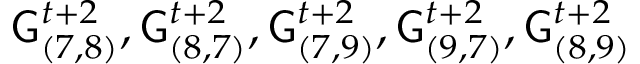
\mathsf { G } _ { ( 7 , 8 ) } ^ { t + 2 } , \mathsf { G } _ { ( 8 , 7 ) } ^ { t + 2 } , \mathsf { G } _ { ( 7 , 9 ) } ^ { t + 2 } , \mathsf { G } _ { ( 9 , 7 ) } ^ { t + 2 } , \mathsf { G } _ { ( 8 , 9 ) } ^ { t + 2 }